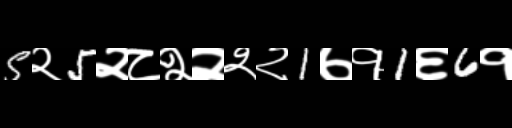
Text: 5२5२८२२२२1७१1६6१